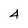
Character: 4